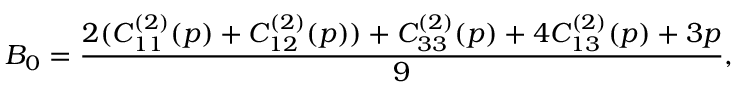
B _ { 0 } = \frac { 2 ( C _ { 1 1 } ^ { ( 2 ) } ( p ) + C _ { 1 2 } ^ { ( 2 ) } ( p ) ) + C _ { 3 3 } ^ { ( 2 ) } ( p ) + 4 C _ { 1 3 } ^ { ( 2 ) } ( p ) + 3 p } { 9 } ,